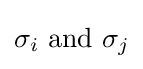
\sigma _{i}{\text{ and }}\sigma _{j}